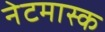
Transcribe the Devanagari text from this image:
नेटमास्क